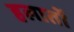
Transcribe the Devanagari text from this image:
हलातों